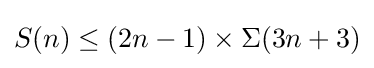
S(n)\leq (2n-1)\times \Sigma (3n+3)